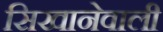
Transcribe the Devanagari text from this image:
सिखानेवाली